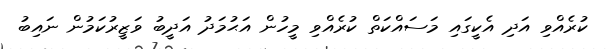
ކުރެއްވި އަދި އެކީގައި މަސައްކަތް ކުރެއްވި މީހުން އަޙުމަދު އަދީބު ވަޒީރުކަމުން ނައިބު